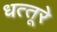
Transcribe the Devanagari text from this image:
धत्‍तूरे